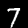
Label: 7